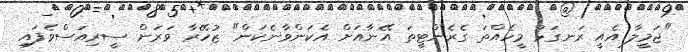
"ޖަމީލާ އެއީ ރަނގަޅު މީހެއްތަ ގެރެންޓީތަ އޭނާއަށް އެކަންވާނެކަން" ޒުހޭރާ ވަރަށް ސީރިއަސްވެފައި